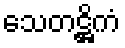
သေတဋ္ဌိကံ